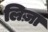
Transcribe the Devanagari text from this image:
लिज़ा